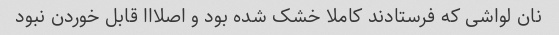
نان لواشی که فرستادند کاملا خشک شده بود و اصلااا قابل خوردن نبود